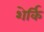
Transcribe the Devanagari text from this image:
शेर्कि